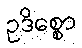
ဥဒိစ္စော